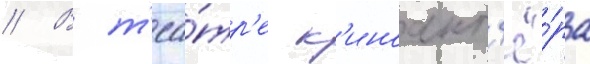
// В т'еа́тр'е к'иноакт'ё́ра